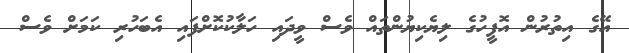
އޭގެ އިތުރުން އޮފީހުގެ ލިޔެކިޔުންތައް ވެސް ވީދައި ހަލާކުކޮށްފައި އެބަހުރި ކަމަށް ވެސް